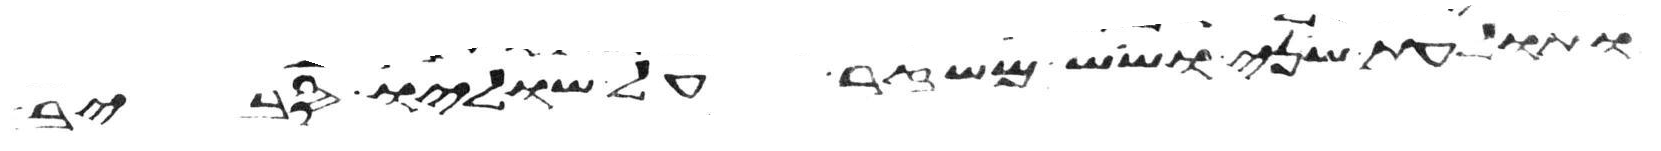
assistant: ותולעת שני ושש משזר על שוליו סביב